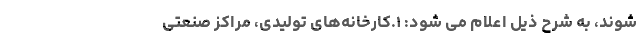
‌شوند، به شرح ذیل اعلام می شود: ۱.کارخانه‌های تولیدی، مراکز صنعتی